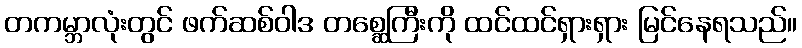
တကမ္ဘာလုံးတွင် ဖက်ဆစ်ဝါဒ တစ္ဆေကြီးကို ထင်ထင်ရှားရှား မြင်နေရသည်။